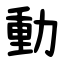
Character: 動